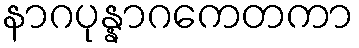
နာဂပုန္နာဂကေတကာ